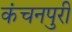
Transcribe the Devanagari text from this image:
कंचनपुरी